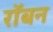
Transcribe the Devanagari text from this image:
रॉबन